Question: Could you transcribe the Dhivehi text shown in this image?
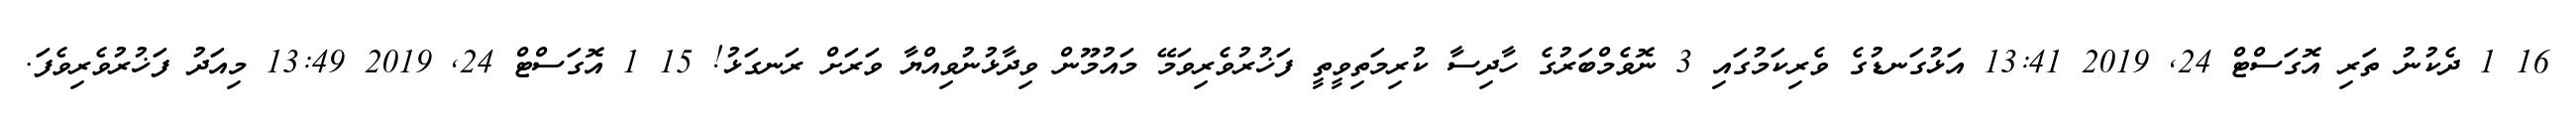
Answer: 16 1 ދެކުނު ތަރި އޮގަސްޓް 24, 2019 13:41 އަޅުގަނޑުގެ ވެރިކަމުގައި 3 ނޮވެމްބަރުގެ ހާދިސާ ކުރިމަތިވީތީ ފަޚުރުވެރިވަމޭ މައުމޫން ވިދާޅުނުވިއްޔާ ވަރަށް ރަނގަޅު! 15 1 އޮގަސްޓް 24, 2019 13:49 މިއަދު ފަޚުރުވެރިވެފަ.